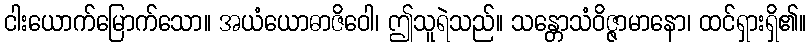
ငါးယောက်မြောက်သော။ အယံယောဓာဇိဝေါ၊ ဤသူရဲသည်။ သန္တောသံဝိဇ္ဇာမာနော၊ ထင်ရှားရှိ၏။